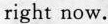
right now.